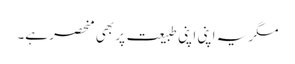
مگر یہ اپنی اپنی طبیعت پر بھی منحصر ہے۔